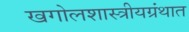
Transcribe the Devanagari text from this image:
खगोलशास्त्रीयग्रंथात